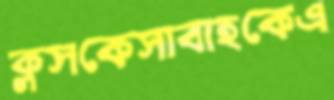
ক্লসকেসাবাহকেএ